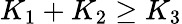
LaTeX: K_{1}+K_{2}\geq K_{3}